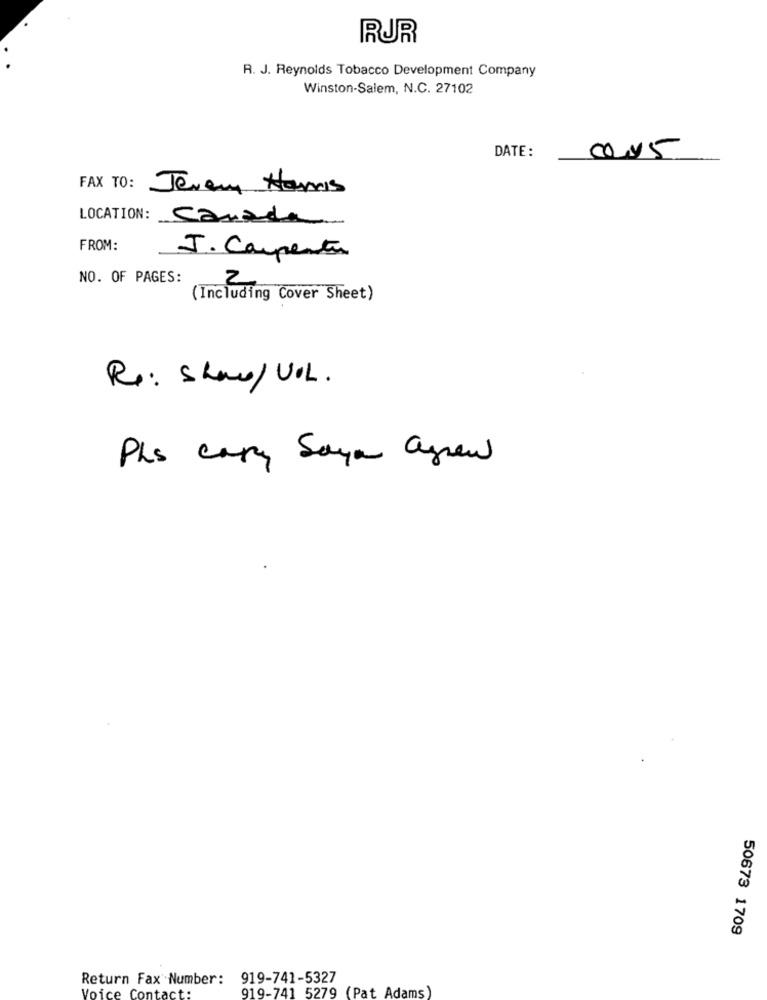
RUR
R. J. Reynolds Tobacco Development Company
Winston-Salem, N.C. 27102
DATE:
FAX TO:
Jeremy Hamis
LOCATION:
canada
FROM:
J. Carpenter
NO. OF PAGES:
2
(Including Cover Sheet)
Re: Shaw/ VIL.
Phs cary Saya agrew
50673 1709
Return Fax Number: 919-741-5327
919-741 5279 (Pat Adams)
Voice Contact